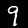
Label: 9